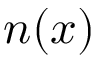
n ( x )